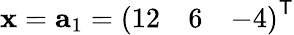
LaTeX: \mathbf{x}=\mathbf{a}_{1}={\left(\begin{array}{lll}{12}&{6}&{-4}\end{array}\right)}^{\textsf{T}}